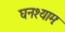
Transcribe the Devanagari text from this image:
घनश्यामः